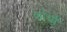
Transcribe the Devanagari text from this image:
कोर्ची